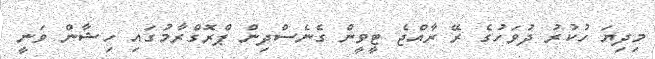
މިދިޔަ ހުކުރު ދުވަހުގެ ރޭ ރާއްޖެ ޓީވީން ގެނެސްދިން ޕްރޮގްރާމުގައި ހިޝާން ވަނީ